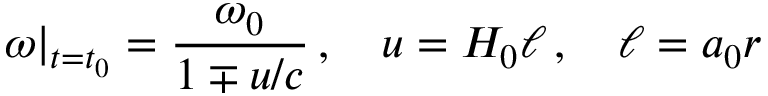
\left. \omega \right| _ { t = t _ { 0 } } = \frac { \omega _ { 0 } } { 1 \mp u / c } \, , \quad u = H _ { 0 } \ell \, , \quad \ell = a _ { 0 } r